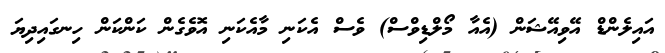
އައިލެންޑް އޭވިއޭޝަން (އެއާ މޯލްޑިވްސް) ވެސް އެކަނި މާއެކަނި އޮވެގެން ކަންކަން ހިނގައިދިޔަ